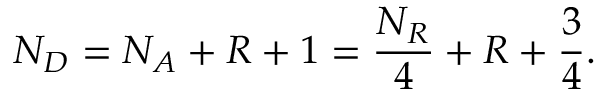
N _ { D } = N _ { A } + R + 1 = \frac { N _ { R } } { 4 } + R + \frac { 3 } { 4 } .